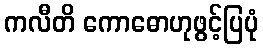
ကလီတိ ကောဓောဟုဖွင့်ပြပုံ